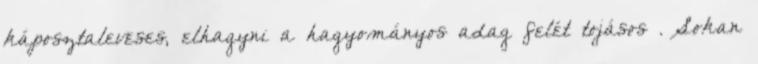
káposztaleveses, elhagyni a hagyományos adag felét tojásos . Sokan